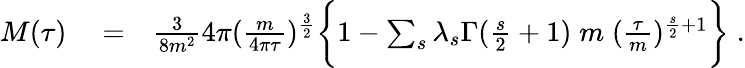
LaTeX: \begin{array}{rlr}{M(\tau)}&{{}=}&{\frac{3}{8m^{2}}4\pi(\frac{m}{4\pi\tau})^{\frac{3}{2}}\biggl\lbrace 1-\sum_{s}\lambda_{s}\Gamma(\frac{s}{2}+1)\; m\; (\frac{\tau}{m})^{\frac{s}{2}+1}\biggr\rbrace\; .}\end{array}